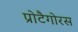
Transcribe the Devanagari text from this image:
प्रोटैगोरस